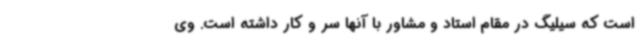
است که سیلیگ در مقام استاد و مشاور با آنها سر و کار داشته است. وی